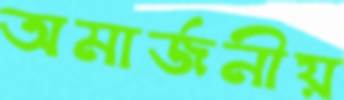
অমার্জনীয়